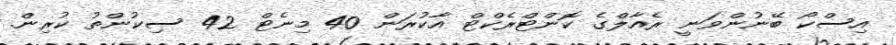
އިސްކޯ ބޭނުންވަނީ ރެއާލްގެ ކޮންޓްރެކްޓް އާކުރަން 40 މިނެޓް 42 ސިކުންތު ކުރިން.